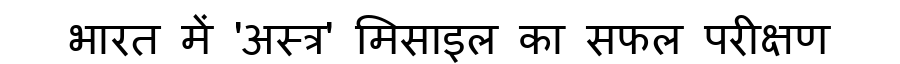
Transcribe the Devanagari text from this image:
भारत में 'अस्त्र' मिसाइल का सफल परीक्षण